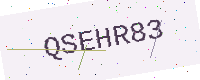
Text: QSEHR83